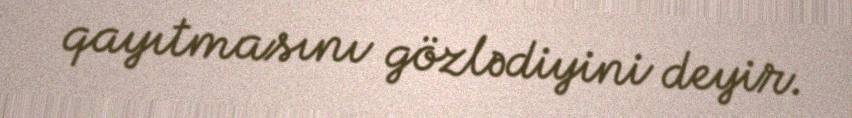
qayıtmasını gözlədiyini deyir.